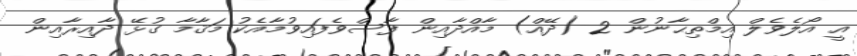
އީ އޯލެވެލް އިމްތިޙާނުން 2 (ދޭއް) މާއްދާއިން ފާސްވެފައިވުމާއެކު މަޤާމާ ގުޅޭ ދާއިރާއިން